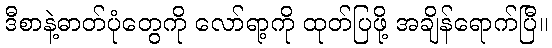
ဒီစာနဲ့ဓာတ်ပုံတွေကို လော်ရာ့ကို ထုတ်ပြဖို့ အချိန်ရောက်ပြီ။